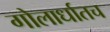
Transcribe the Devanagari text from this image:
गोलार्धातच